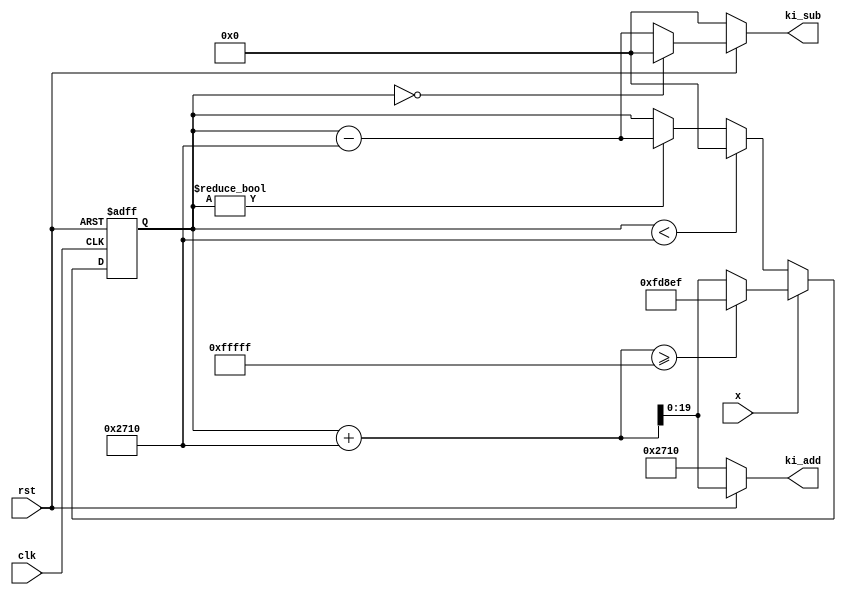
`timescale 1ns / 1ps
//////////////////////////////////////////////////////////////////////////////////
// Company: 
// Engineer: 
// 
// Design Name: 
// Module Name: pi_adder
// Project Name: 
// Target Devices: 
// Tool Versions: 
// Description: 
// 
// Dependencies: 
// 
// Revision:
// Revision 0.01 - File Created
// Additional Comments:
// 
//////////////////////////////////////////////////////////////////////////////////


module integral_adder 
    #(parameter I =10000)(input rst, input x, input clk, 
    output reg [19:0] ki_add, output reg [19:0] ki_sub
    );
 
 
     //to assure no delay of this module, the output will be of two register 
     //one is the stored value + the desired shift 
     //the other is the stored value - the desired shift 


    reg [19:0] adder = 0;
    
    //active low reset
    always @ (*) begin
    
        if (!rst) begin 
            ki_sub =0;
            ki_add = I;
        end

    //adder is the register which contains the current total of the integrator filter
    //if adder = 0, then z_sub should remain zero 
        else begin 
            if (adder ==0) begin
                ki_sub = 0; 
                ki_add = adder +I;
            end
    
            else begin
                ki_sub = adder -I;
                ki_add = adder + I;
            end
        end
    end 
    
    
    always @ (posedge clk or negedge rst) 
    begin 
    
        if (!rst) begin
            adder <= 0; 
        end   
        
    
        else begin 
        
            if (x) begin 
    
                //if the phase detector produces a 1, increase adder but only up to the limit    
                if ((adder + I) >= 1048575)
                    adder <= 1048575 - I;
        
            else
                adder <= adder + I; 
            end
        
        //else x =0 from PD
        
           //if adders = 0, then substracting by A would result in a negative number so just keep as 0 
            else if (adder < I) 
                adder <= 0;
          
          
                // if adder != 0 and the phase detector output is zero, subsract normally
            else if (adder != 0)  
               adder <= adder - I;
        
     
        end
   end

endmodule